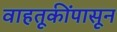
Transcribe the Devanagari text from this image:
वाहतूकींपासून